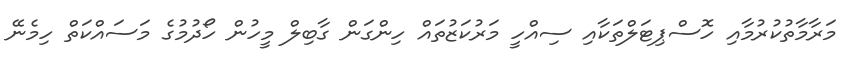
މަރާމާތުކުރުމާއި ހޮސްޕިޓަލްތަކާއި ސިއްހީ މަރުކަޒުތައް ހިންގަން ގާބިލް މީހުން ހޯދުމުގެ މަސައްކަތް ހިމެނޭ